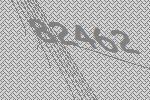
82462